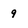
Character: 9